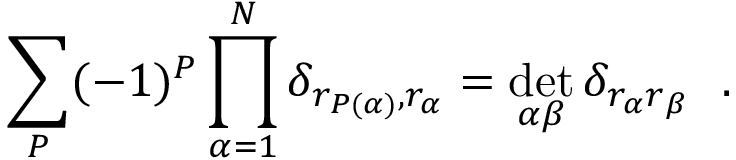
\sum _ { P } ( - 1 ) ^ { P } \prod _ { \alpha = 1 } ^ { N } \delta _ { r _ { P ( \alpha ) } , r _ { \alpha } } = \operatorname * { d e t } _ { \alpha \beta } \delta _ { r _ { \alpha } r _ { \beta } } \ \ .